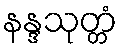
နန္ဒသုတ္တံ